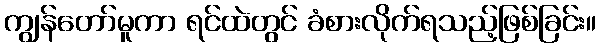
ကျွန်တော်မူကာ ရင်ထဲတွင် ခံစားလိုက်ရသည့်ဖြစ်ခြင်း။